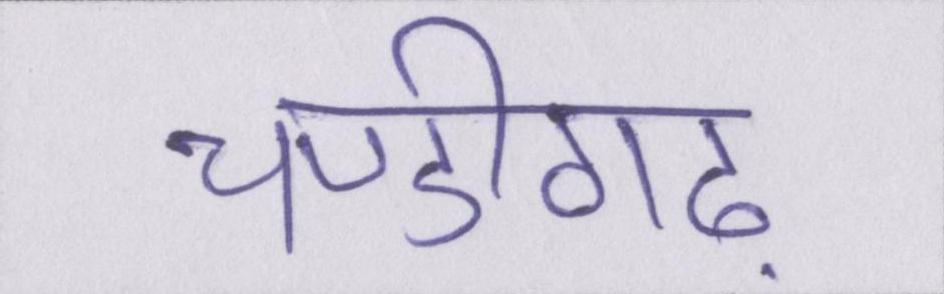
चण्डीगढ़